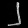
Digit: ၂